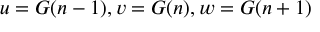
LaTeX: u = G ( n - 1 ) , v = G ( n ) , w = G ( n + 1 )